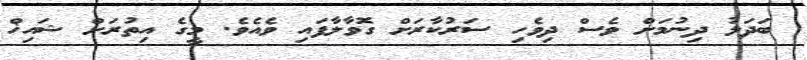
ބަދަލު ދިނުމަށް ވެސް ދިވެހި ސަރުކާރަށް ގޮވާލާފައި ވެއެވެ. މީގެ އިތުރަށް ޝައިޚް